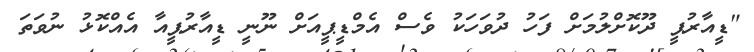
"ޑީއާރުޕީ ދޫކޮށްލުމަށް ފަހު ދުވަހަކު ވެސް އެމްޑީޕީއަށް ނޫނީ ޑީއާރުޕީއާ އެއްކޮޅު ނުވަތަ